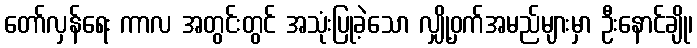
တော်လှန်ရေး ကာလ အတွင်းတွင် အသုံးပြုခဲ့သော လျှို့ဝှက်အမည်များမှာ ဦးနောင်ချို၊